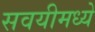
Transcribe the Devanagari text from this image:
सवयीमध्ये